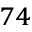
^ { 7 4 }